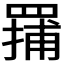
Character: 𬙤